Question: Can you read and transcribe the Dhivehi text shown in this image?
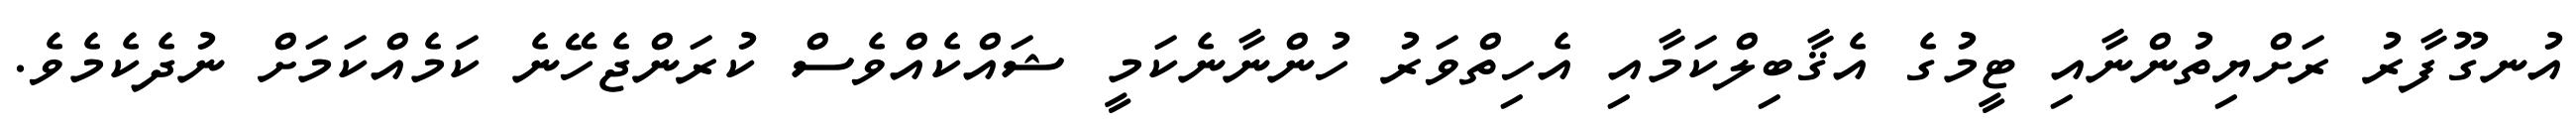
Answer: އުނގޫފާރު ރަށްޔިތުންނާއި ޓީމުގެ އެޤާބިލްކަމާއި އެހިތްވަރު ހުންނާނެކަމީ ޝައްކެއްވެސް ކުރަންޖެހޭނެ ކަމެއްކަމަށް ނުދެކެމެވެ.